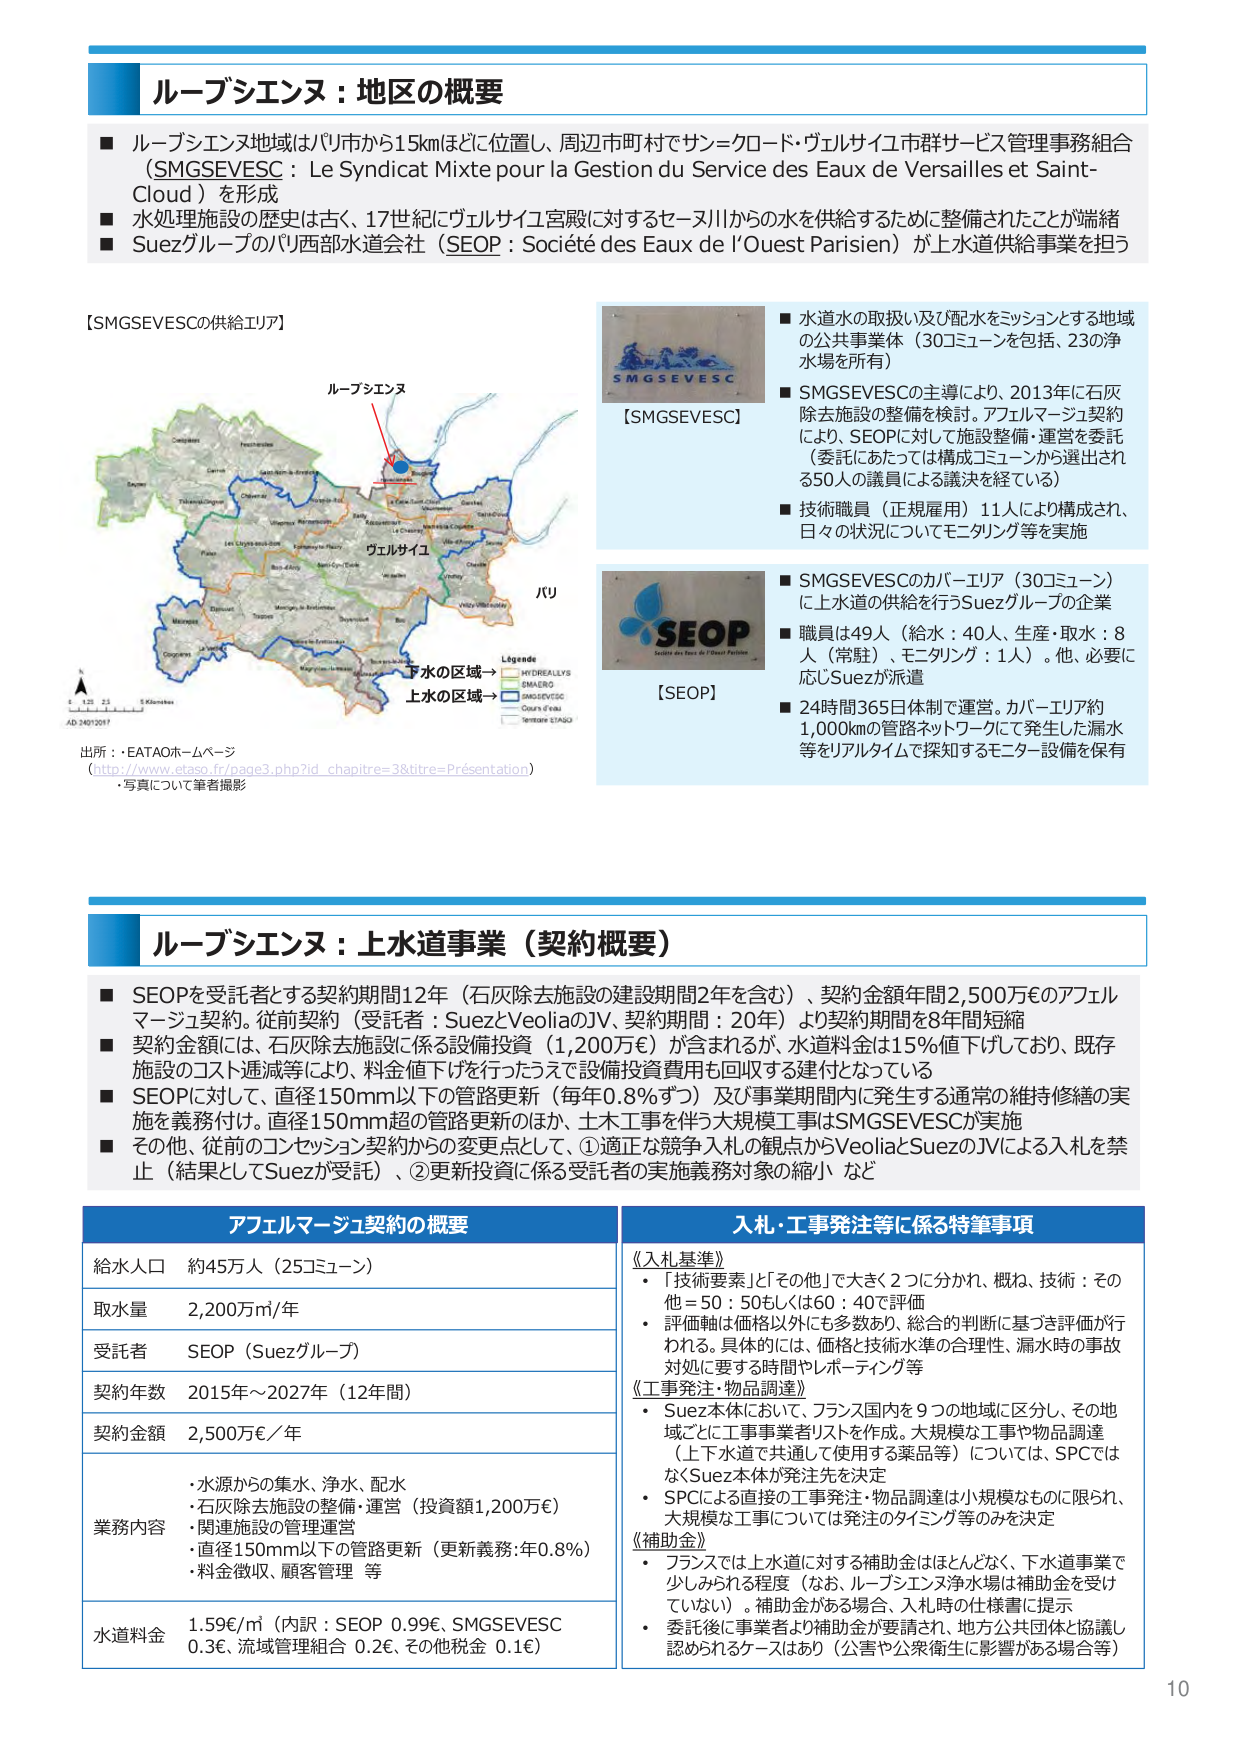
ルーブシエンヌ：地区の概要
■ ルーブシエンヌ地域はパリ市から15kmほどに位置し、周辺市町村でサン＝クロード・ヴェルサイユ市群サービス管理事務組合（SMGSEVESC：Le Syndicat Mixte pour la Gestion du Service des Eaux de Versailles et Saint-Cloud）を形成
■ 水処理施設の歴史は古く、17世紀にヴェルサイユ宮殿に対するセーヌ川からの水を供給するために整備されたことが端緒
■ Suezグループのパリ西部水道会社（SEOP：Société des Eaux de l’Ouest Parisien）が上水道供給事業を担う

【SMGSEVESCの供給エリア】
ルーブシエンヌ
ヴェルサイユ
パリ
下水の区域→
上水の区域→
Légende
HYDREALLYS
EMALERO
SMGSEVESC
Cours d’eau
Territoire EIAQO
AD 24012017
出所：EATAOホームページ
（http://www.etaso.fr/page3.php?id_chapitre=3&titre=Présentation）
・写真について筆者撮影

SMGSEVESC
【SMGSEVESC】
■ 水道水の取扱い及び配水をミッションとする地域の公共事業体（30コミューンを包括、230浄水場を所有）
■ SMGSEVESCの主導により、2013年に石灰除去施設の整備を検討。アフェルマージュ契約により、SEOPに対して施設整備・運営を委託（委託にあたっては構成コミューンから選出される50人の議員による議決を経ている）
■ 技術職員（正規雇用）11人ににより構成され、日々の状況についてモニタリング等を実施

SEOP
Société des Eaux de l’Ouest Parisien
【SEOP】
■ SMGSEVESCのカバー・エリア（30コミューン）に上水道の供給を行うSuezグループの企業
■ 職員は49人（給水：40人、生産・取水：8人（常駐）、モニタリング：1人）。他、必要に応じSuezが派遣
■ 24時間365日体制で運営。カバー・エリア約1,000kmの管路ネットワークにて発生した漏水等をリアルタイムで探知するモニタ設備を保有

ルーブシエンヌ：上水道事業（契約概要）
■ SEOPを受託者とする契約期間12年（石灰除去施設の建設期間2年を含む）、契約金額年間2,500万€のアフェルマージュ契約。従前契約（受託者：SuezとVeoliaのJV、契約期間：20年）より契約期間を8年間短縮
■ 契約金額には、石灰除去施設に係る設備投資（1,200万€）が含まれるが、水道料金は15%値下げしており、既存施設のコスト逓減等により、料金値下げを行ったうえで設備投資費用も回収する建トとなっている
■ SEOPに対して、直径150mm以下の管路更新（毎年0.8%ずつ）及び事業期間内に発生する通常の維持修繕の実施を義務付け。直径150mm超の管路更新のほか、土木工事を伴う大規模工事はSMGSEVESCが実施
■ その他、従前のコンセッション契約からの変更点として、①適正な競争入札の観点からVeoliaとSuezのJVによる入札を禁止（結果としてSuezが受託）、②更新投資に係る受託者の実施義務対象の縮小 など

アフェルマージュ契約の概要
給水人口 約45万人（25コミューン）
取水量 2,200万㎥/年
受託者 SEOP（Suezグループ）
契約年数 2015年～2027年（12年間）
契約金額 2,500万€／年
業務内容
・水源からの集水、浄水、配水
・石灰除去施設の整備・運営（投資額1,200万€）
・関連施設の管理運営
・直径150mm以下の管路更新（更新義務：年0.8%）
・料金徴収、顧客管理 等
水道料金 1.59€/㎥（内訳：SEOP 0.99€、SMGSEVESC 0.3€、流域管理組合 0.2€、その他税金 0.1€）

入札・工事発注等に係る特筆事項
《入札基準》
・「技術要素」と「その他」で大きく2つに分かれ、概ね、技術：その他＝50：50もしくは60：40で評価
・評価軸は価格以外にも多数あり、総合的判断に基づき評価が行われる。具体的には、価格と技術水準の合理性、漏水時の事故対処に要する時間やレポーティング等
《工事発注・物品調達》
・Suez本体において、フランス国内を9つの地域に区分し、その地域ごとに工事事業者リストを作成。大規模な工事や物品調達（上下水道で共通して使用する薬品等）については、SPCはなくSuez本体が発注先を決定
・SPCによる直接の工事発注・物品調達は小規模なものに限られ、大規模な工事については発注のタイミング等のみを決定
《補助金》
・フランスでは上水道に対する補助金はほとんどなく、下水道事業で少しみられる程度（なお、ルーブシエンヌ浄水場は補助金は受けていない）。補助金がある場合、入札時の仕様書に提示
・委託後に事業者が補助金が要請され、地方公共団体と協議し認められるケースはあり（公害や公衆衛生に影響がある場合等）

10